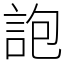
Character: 䛌